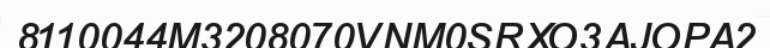
8110044M3208070VNM0SRXO3AJOPA2